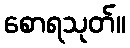
စောရသုတ်။